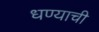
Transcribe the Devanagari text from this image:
धण्याची